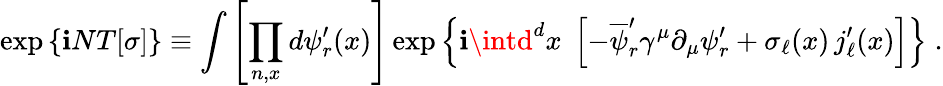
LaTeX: \exp\left\{ \mathbf{i}NT[\sigma]\right\} \equiv\int\left[\prod_{n,x}d\psi_{r}^{\prime}(x)\right]\exp\left\{ \mathbf{i}\intd^{d}x\; \left[-\overline{{{{\psi}}}}_{r}^{\prime}\gamma^{\mu}\partial_{\mu}\psi_{r}^{\prime}+\sigma_{\ell}(x)\, j_{\ell}^{\prime}(x)\right]\right\} \; .